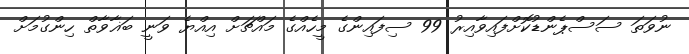
ނުވަތަ ސަސްޕެންޑުކޮށްފައިވާއިރު 99 ސިފައިންގެ މީހެއްގެ މައްޗަށް އިއްޔެ ވަނީ ބަޣާވާތް ހިންގުމަށް